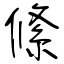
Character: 絛